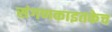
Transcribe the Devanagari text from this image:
संगणकाइतकेच